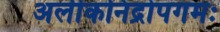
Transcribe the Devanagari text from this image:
अलीकनिद्रोपगमः